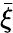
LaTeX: \bar{\xi}